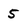
Character: 5